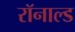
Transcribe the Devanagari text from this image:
रॉनाल्ड